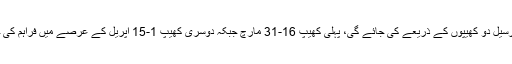
گندم کی ترسیل دو کھیپوں کے ذریعے کی جائے گی، پہلی کھیپ 16-31 مارچ جبکہ دوسری کھیپ 1-15 اپریل کے عرصے میں فراہم کی جائے گی۔